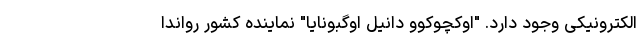
الکترونیکی وجود دارد. "اوکچوکوو دانیل اوگبونایا" نماینده کشور رواندا